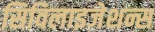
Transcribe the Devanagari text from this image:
सिविलाइजेशन्स